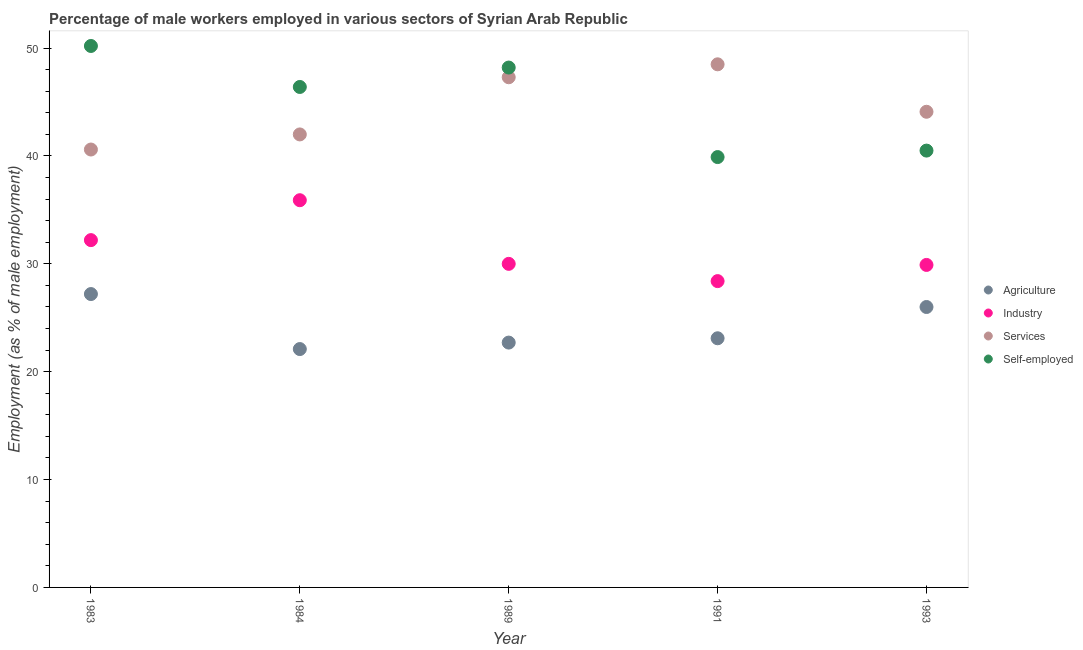
| Year | Agriculture | Industry | Services | Self-employed |
 | --- | --- | --- | --- | --- |
 | 1983 | 27.2 | 32.2 | 40.6 | 50.2 |
 | 1984 | 22.1 | 35.9 | 42 | 46.4 |
 | 1989 | 22.7 | 30 | 47.3 | 48.2 |
 | 1991 | 23.1 | 28.4 | 48.5 | 39.9 |
 | 1993 | 26 | 29.9 | 44.1 | 40.5 |